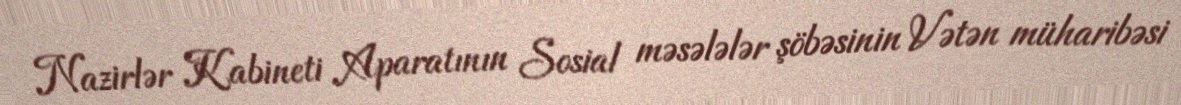
Nazirlər Kabineti Aparatının Sosial məsələlər şöbəsinin Vətən müharibəsi